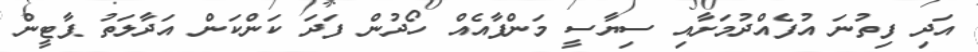
އަދި ފިތުނަ އުފެއްދުމަށާއި ސިޔާސީ މަންފާއެއް ހޯދުން ފަދަ ކަންކަން އަދާލަތު ޕާޓީން